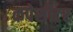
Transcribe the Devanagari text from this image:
कपेसीटर